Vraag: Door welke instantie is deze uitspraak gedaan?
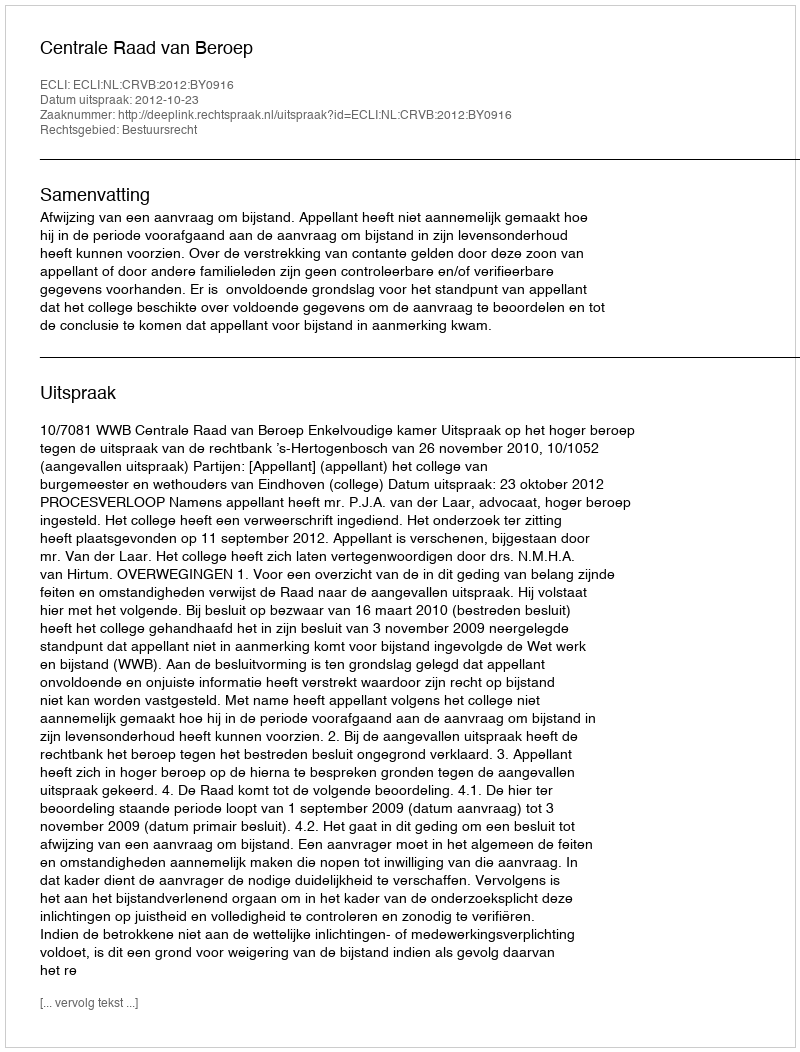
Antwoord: Centrale Raad van Beroep